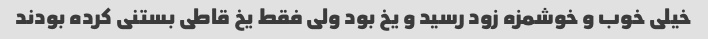
خیلی خوب و خوشمزه زود رسید و یخ بود ولی فقط یخ قاطی بستنی کرده بودند